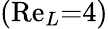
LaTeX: (\mathrm{Re}_{L}{=}4)